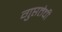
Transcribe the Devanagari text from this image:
गुप्ततेची